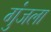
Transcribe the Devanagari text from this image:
गुंजला